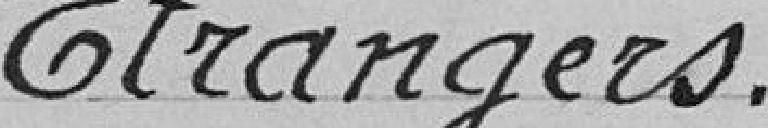
Étrangers.